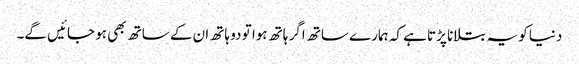
دنیا کو یہ بتلانا پڑتا ہے کہ ہمارے ساتھ اگر ہاتھ ہوا تو دو ہاتھ ان کے ساتھ بھی ہو جائیں گے۔